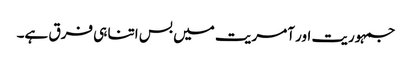
جمہوریت اور آمریت میں بس اتنا ہی فرق ہے۔